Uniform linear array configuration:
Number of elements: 48
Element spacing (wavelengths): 0.75
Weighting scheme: blackman
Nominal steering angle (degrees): -60
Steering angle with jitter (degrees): -59.977
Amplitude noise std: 0.05
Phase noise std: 0.05

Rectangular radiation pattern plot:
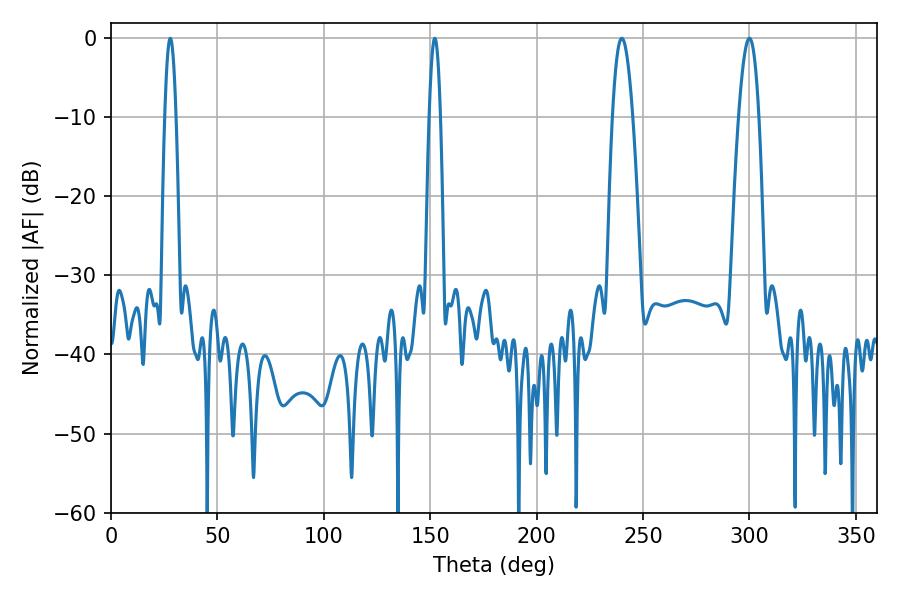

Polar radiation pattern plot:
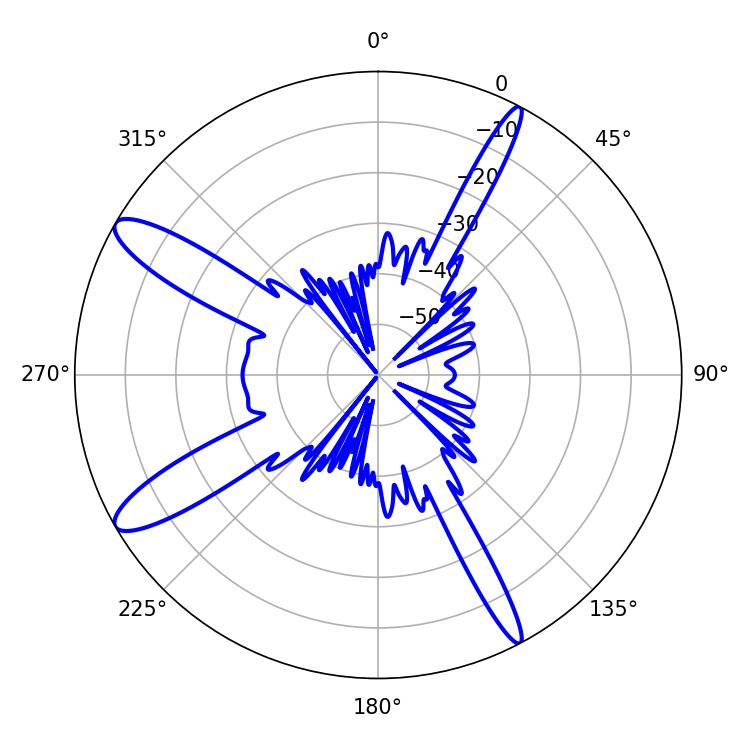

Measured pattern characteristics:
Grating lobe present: TRUE
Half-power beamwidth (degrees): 5.04
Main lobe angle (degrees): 239.94